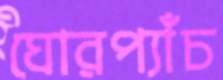
ঘোরপ্যাঁচ